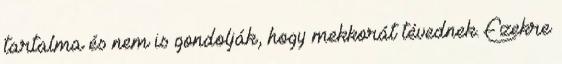
tartalma és nem is gondolják, hogy mekkorát tévednek. Ezekre